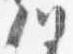
川